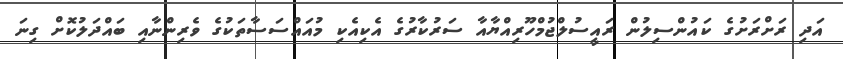
އަދި ރަށްރަށުގެ ކައުންސިލުން ރައީސުލްޖުމްހޫރިއްޔާއާ ސަރުކާރުގެ އެކިއެކި މުއައްސަސާތަކުގެ ވެރިންނާއި ބައްދަލުކޮށް ގިނަ